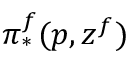
\pi _ { * } ^ { f } ( p , z ^ { f } )